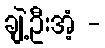
ချဲ့ဦးအံ့ -